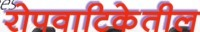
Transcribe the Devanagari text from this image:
रोपवाटिकेतील